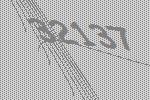
32137